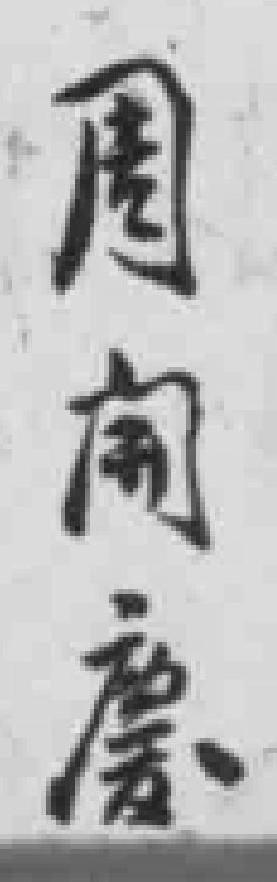
周*